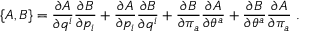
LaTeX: \left\{ A , B \right\} = \frac { \partial A } { \partial q ^ { i } } \frac { \partial B } { \partial p _ { i } } + \frac { \partial A } { \partial p _ { i } } \frac { \partial B } { \partial q ^ { i } } + \frac { \partial B } { \partial \pi _ { a } } \frac { \partial A } { \partial \theta ^ { a } } + \frac { \partial B } { \partial \theta ^ { a } } \frac { \partial A } { \partial \pi _ { a } } \ .